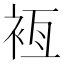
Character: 𧙸